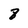
Character: 8